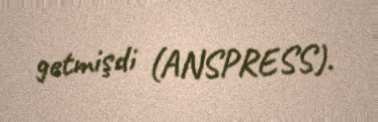
getmişdi (ANSPRESS).